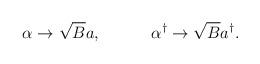
LaTeX: \begin{align*}\alpha \rightarrow \sqrt{B} a,\,\,\,\,\,\,\,\,\,\,\,\,\,\,\,\,\,\, \alpha^{\dag} \rightarrow \sqrt{B}a^{\dag}.\end{align*}